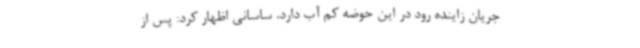
جریان زاینده رود در این حوضه کم آب دارد. ساسانی اظهار کرد: پس از